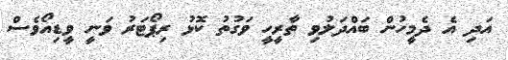
އަދި އެ ދެމީހުން ބައްދަލުވި ތާރީހީ ވަގުތު ކޮޅު ރިޕޯޓަރު ވަނީ ވީޑިއޯވެސް